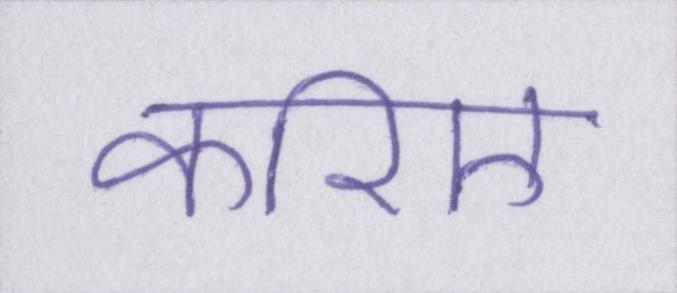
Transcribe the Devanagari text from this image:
करिए